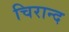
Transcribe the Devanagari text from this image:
चिरान्द